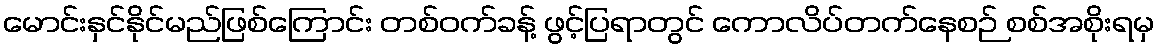
မောင်းနှင်နိုင်မည်ဖြစ်ကြောင်း တစ်ဝက်ခန့် ဖွင့်ပြရာတွင် ကောလိပ်တက်နေစဉ် စစ်အစိုးရမှ